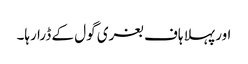
اور پہلا ہاف بغری گول کے ڈرا رہا۔